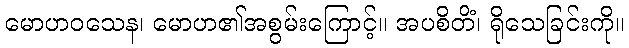
မောဟဝသေန၊ မောဟ၏အစွမ်းကြောင့်။ အပစိတိံ၊ ရိုသေခြင်းကို။